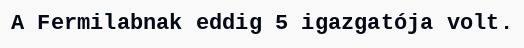
A Fermilabnak eddig 5 igazgatója volt.